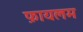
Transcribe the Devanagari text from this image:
फ़ायलम